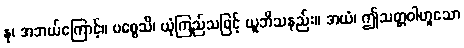
နု၊ အဘယ်ကြောင့်။ ပစ္စေသိ၊ ယုံကြည်သဖြင့် ယူဘိသနည်း။ အယံ၊ ဤသတ္တဝါဟူသော